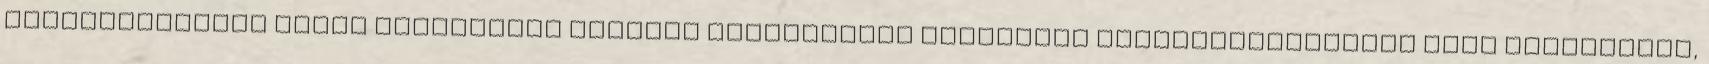
felelõtlensége által elõidézett földper szereplõire vonatkozó hangulatoskodását kell hallgatnom,